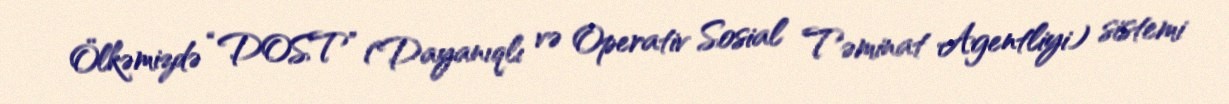
Ölkəmizdə “DOST” (Dayanıqlı və Operativ Sosial Təminat Agentliyi) sistemi